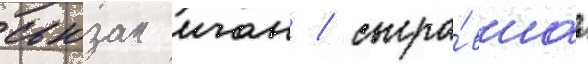
сьюзан иган / сыгра́вшаа